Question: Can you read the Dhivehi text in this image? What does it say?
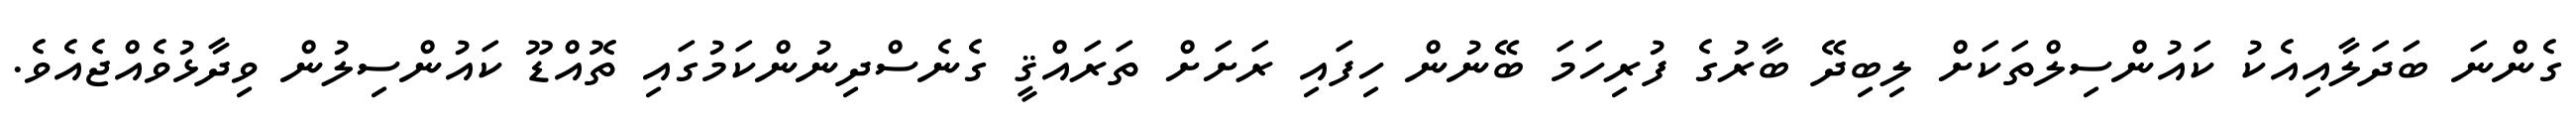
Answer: ގެންނަ ބަދަލާއިއެކު ކައުންސިލްތަކަށް ލިބިދޭ ބާރުގެ ފުރިހަމަ ބޭނުން ހިފައި ރަށަށް ތަރައްޤީ ގެނެސްދިނުންކަމުގައި ތޮއްޑޫ ކައުންސިލުން ވިދާޅުވެއްޖެއެވެ.